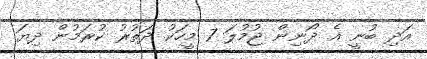
އަދި ބުނީ އެ ދޯނިން ޖުމުލަ 7 މީހަކު ދަތުރު ކުރަމުން ދިޔަ